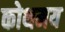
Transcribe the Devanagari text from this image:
कोथमय